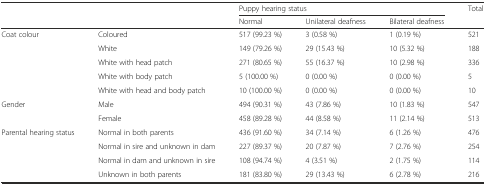
<table><thead><tr><td rowspan="2" colspan="2"></td><td colspan="3"><b>Puppy hearing status</b></td><td><b>Total</b></td></tr><tr><td><b>Normal</b></td><td><b>Unilateral deafness</b></td><td><b>Bilateral deafness</b></td><td></td></tr></thead><tbody><tr><td rowspan="5">Coat colour</td><td>Coloured</td><td>517 (99.23 %)</td><td>3 (0.58 %)</td><td>1 (0.19 %)</td><td>521</td></tr><tr><td>White</td><td>149 (79.26 %)</td><td>29 (15.43 %)</td><td>10 (5.32 %)</td><td>188</td></tr><tr><td>White with head patch</td><td>271 (80.65 %)</td><td>55 (16.37 %)</td><td>10 (2.98 %)</td><td>336</td></tr><tr><td>White with body patch</td><td>5 (100.00 %)</td><td>0 (0.00 %)</td><td>0 (0.00 %)</td><td>5</td></tr><tr><td>White with head and body patch</td><td>10 (100.00 %)</td><td>0 (0.00 %)</td><td>0 (0.00 %)</td><td>10</td></tr><tr><td rowspan="2">Gender</td><td>Male</td><td>494 (90.31 %)</td><td>43 (7.86 %)</td><td>10 (1.83 %)</td><td>547</td></tr><tr><td>Female</td><td>458 (89.28 %)</td><td>44 (8.58 %)</td><td>11 (2.14 %)</td><td>513</td></tr><tr><td rowspan="4">Parental hearing status</td><td>Normal in both parents</td><td>436 (91.60 %)</td><td>34 (7.14 %)</td><td>6 (1.26 %)</td><td>476</td></tr><tr><td>Normal in sire and unknown in dam</td><td>227 (89.37 %)</td><td>20 (7.87 %)</td><td>7 (2.76 %)</td><td>254</td></tr><tr><td>Normal in dam and unknown in sire</td><td>108 (94.74 %)</td><td>4 (3.51 %)</td><td>2 (1.75 %)</td><td>114</td></tr><tr><td>Unknown in both parents</td><td>181 (83.80 %)</td><td>29 (13.43 %)</td><td>6 (2.78 %)</td><td>216</td></tr></tbody></table>